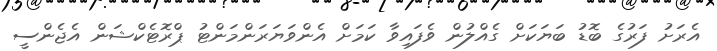
އެރަށު ފަރުގެ ބޮޑު ބަޔަކަށް ގެއްލުން ވެފައިވާ ކަމަށް އެންވަޔަރަންމަންޓު ޕްރޮޓެކްޝަން އެޖެންސީ